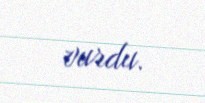
vurdu.